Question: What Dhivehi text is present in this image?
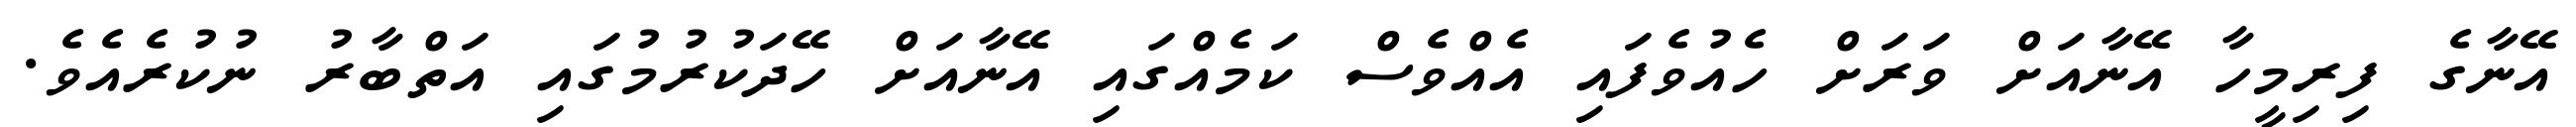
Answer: އޭނާގެ ފިރިމީހާ އޭނާއަށް ވަރަށް ހެއުވެފައި އެއްވެސް ކަމެއްގައި އޭނާއަށް ހޭދަކުރުމުގައި އަތްބާރު ނުކުރެއެވެ.